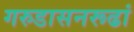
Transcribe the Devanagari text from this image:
गरुडासनरूढां